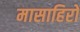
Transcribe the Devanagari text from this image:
मासाहिरो